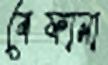
বেফানা